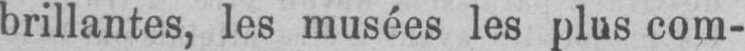
brillantes, les musées les plus com-